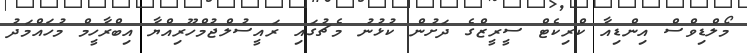
މޯލްޑިވްސް އިންޑިއާ ކްރިކެޓް ސީރީޒްގެ ދަށުން ކުޅުނު މެޗުގައި ރައީސުލްޖުމްހޫރިއްޔާ އިބްރާހީމް މުހައްމަދު